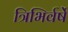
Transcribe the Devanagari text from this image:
त्रिभिर्वर्षे